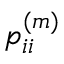
p _ { i i } ^ { ( m ) }